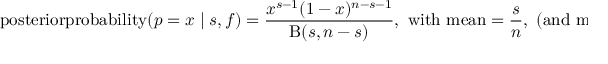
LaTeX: \operatorname { p o s t e r i o r p r o b a b i l i t y } ( p = x \mid s , f ) = { \frac { x ^ { s - 1 } ( 1 - x ) ^ { n - s - 1 } } { \mathrm { B } ( s , n - s ) } } , { \mathrm { ~ w i t h ~ m e a n } } = { \frac { s } { n } } , { \mathrm { ~ ( a n d ~ m o d e = ~ } } { \frac { s - 1 } { n - 2 } } { \mathrm { ~ i f ~ } } 1 < s < n - 1 ) .